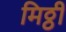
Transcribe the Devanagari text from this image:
मिठ्ठी